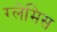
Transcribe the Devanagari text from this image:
ग्लेमिस